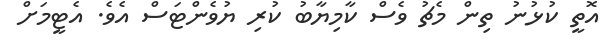
އޮތީ ކުޅުނު ތިން މެޗު ވެސް ކާމިޔާބު ކުރި ޔުވެންޓަސް އެވެ. އެޓީމަށް